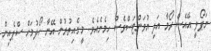
ނަޕޯލީ އޭއެސް ރޯމާ އަދި ޔުވަންޓަސްވެސް ހިމެނެއެވެ. މީގެއިތުރުން އޭނާ ހޯދުމަށް ސްޕެއިން